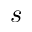
s